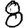
Digit: 8